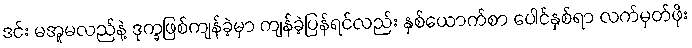
ဒင်း မအူမလည်နဲ့ ဒုက္ခဖြစ်ကျန်ခဲ့မှာ ကျန်ခဲ့ပြန်ရင်လည်း နှစ်ယောက်စာ ပေါင်နှစ်ရာ လက်မှတ်ဖိုး